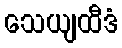
သေယျထီဒံ